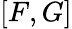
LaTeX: [F,G]